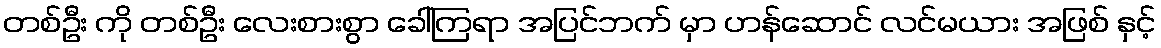
တစ်ဦး ကို တစ်ဦး လေးစားစွာ ခေါ်ကြရာ အပြင်ဘက် မှာ ဟန်ဆောင် လင်မယား အဖြစ် နှင့်